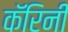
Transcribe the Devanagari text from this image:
कॅरिनी